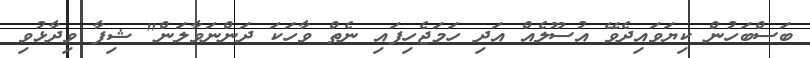
ބަސްބަހުން ކިޔަވައިދެވޭ އުސޫލެއް އަދި ހަމަޖެހިފައި ނެތް ވާހަކަ ދަންނަވާލަން" ޝިފާ ވިދާޅުވި